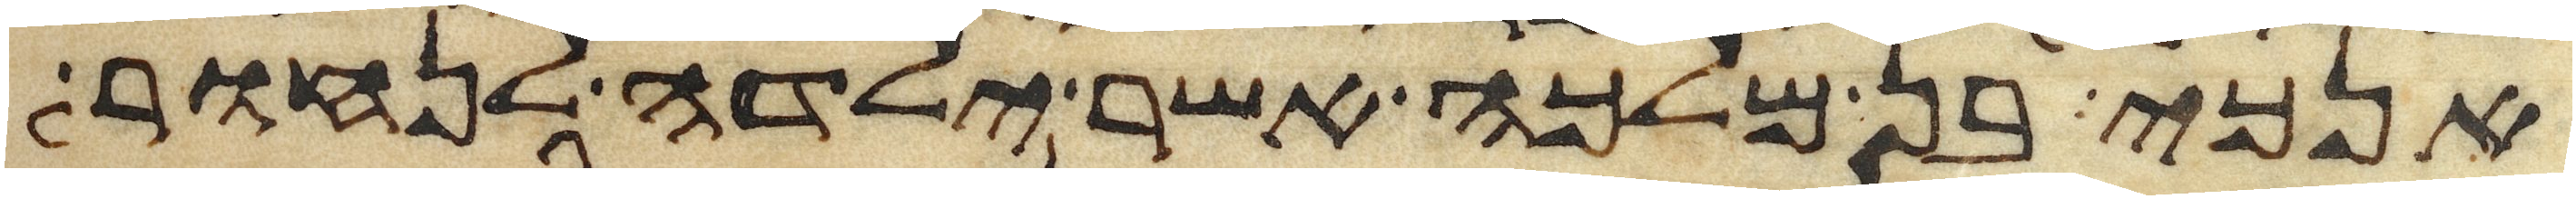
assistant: אנכי בן מלכה אשר ילדה לנחור